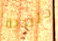
جليدية